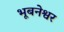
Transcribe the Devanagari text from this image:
भूबनेश्वर